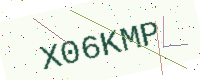
Text: X06KMP